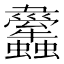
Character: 𧕱